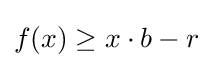
f(x)\geq x\cdot b-r